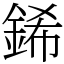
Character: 䤭